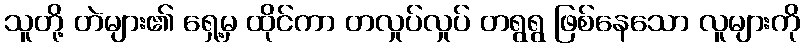
သူတို့ တဲများ၏ ရှေ့မှ ထိုင်ကာ တလှုပ်လှုပ် တရွရွ ဖြစ်နေသော လူများကို